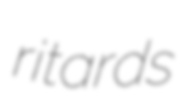
ritards